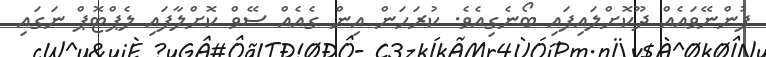
ފުންނޭވައެއް ދޫކޮށްލައިފައި ބޯނެގިއެވެ. ކުރަހަން އިން ގެއެއް ސޭވް ކޮށްލާފައި ލެޕްޓޮޕް ނަގައި